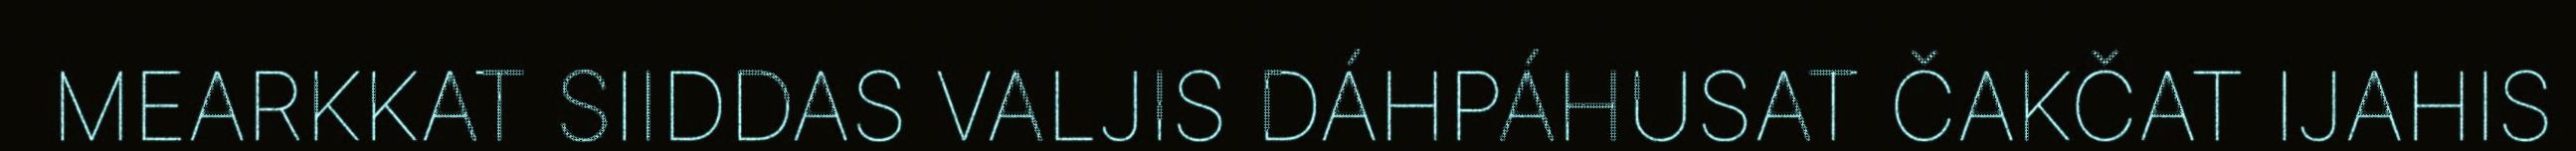
MEARKKAT SIIDDAS VALJIS DÁHPÁHUSAT ČAKČAT IJAHIS